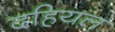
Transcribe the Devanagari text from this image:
दहियल